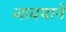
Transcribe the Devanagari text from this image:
जावयाने